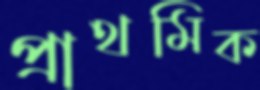
প্রাথমিক